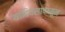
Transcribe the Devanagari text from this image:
यादिवसापासून